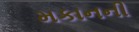
મકાનની